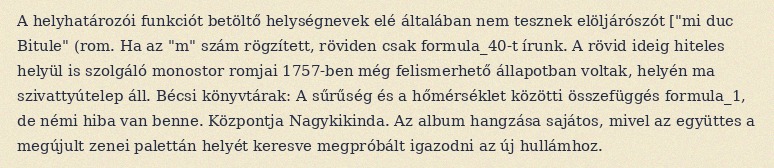
A helyhatározói funkciót betöltő helységnevek elé általában nem tesznek elöljárószót ["mi duc Bitule" (rom. Ha az "m" szám rögzített, röviden csak formula_40-t írunk. A rövid ideig hiteles helyül is szolgáló monostor romjai 1757-ben még felismerhető állapotban voltak, helyén ma szivattyútelep áll. Bécsi könyvtárak: A sűrűség és a hőmérséklet közötti összefüggés formula_1, de némi hiba van benne. Központja Nagykikinda. Az album hangzása sajátos, mivel az együttes a megújult zenei palettán helyét keresve megpróbált igazodni az új hullámhoz.